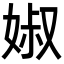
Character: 婌